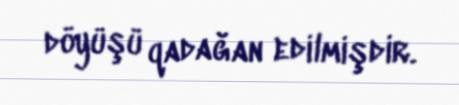
döyüşü qadağan edilmişdir.